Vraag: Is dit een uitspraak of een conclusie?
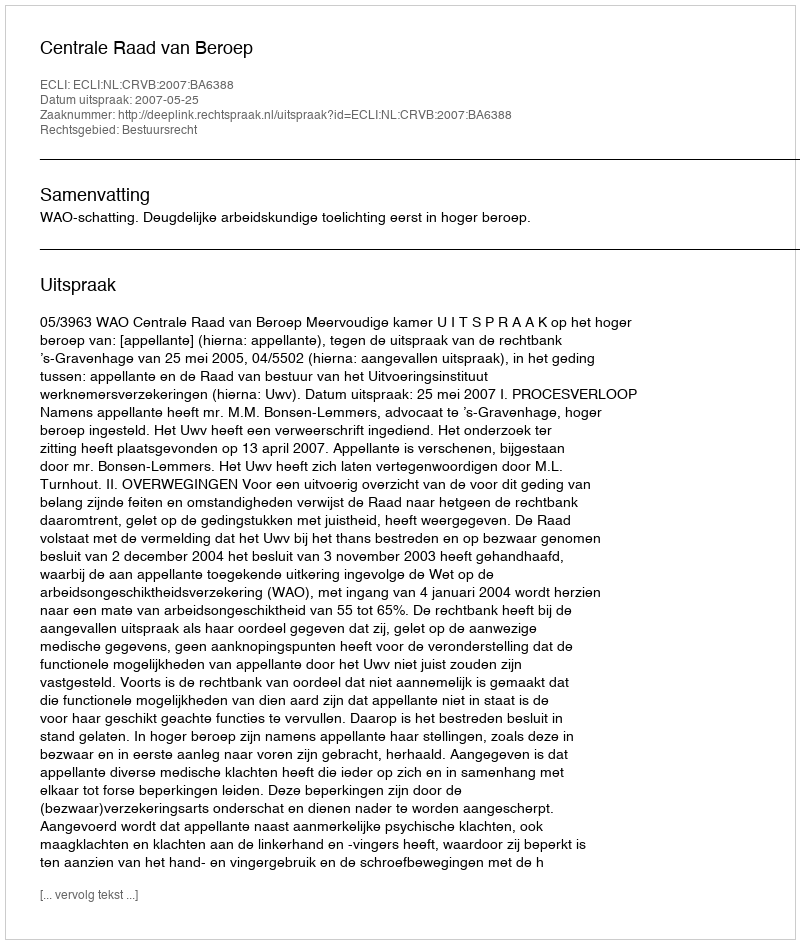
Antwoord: Uitspraak